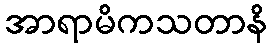
အာရာမိကသတာနိ